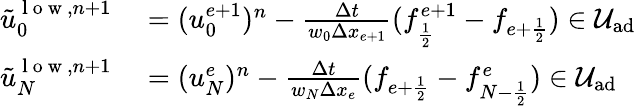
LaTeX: \begin{array}{rl}{\tilde{u}_{0}^{\mathrm{~l~o~w~},n+1}}&{{}=(u_{0}^{e+1})^{n}-\frac{\Delta t}{w_{0}\Delta x_{e+1}}(f_{\frac{1}{2}}^{e+1}-f_{{e+\frac{1}{2}}})\in\mathcal{U}_{\textrm{ad}}}\\ {\tilde{u}_{N}^{\mathrm{~l~o~w~},n+1}}&{{}=(u_{N}^{e})^{n}-\frac{\Delta t}{w_{N}\Delta x_{e}}(f_{{e+\frac{1}{2}}}-f_{{N-\frac{1}{2}}}^{e})\in\mathcal{U}_{\textrm{ad}}}\end{array}